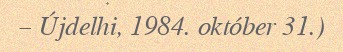
– Újdelhi, 1984. október 31.)